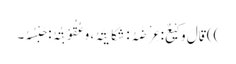
)) قَالَ وَکِیْعٌ: عِرْضَہُ: شَکَایَتَہُ، وَعُقُوْبَتُہُ: حَبْسُہُ۔